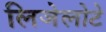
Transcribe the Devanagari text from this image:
लिजेलोटे